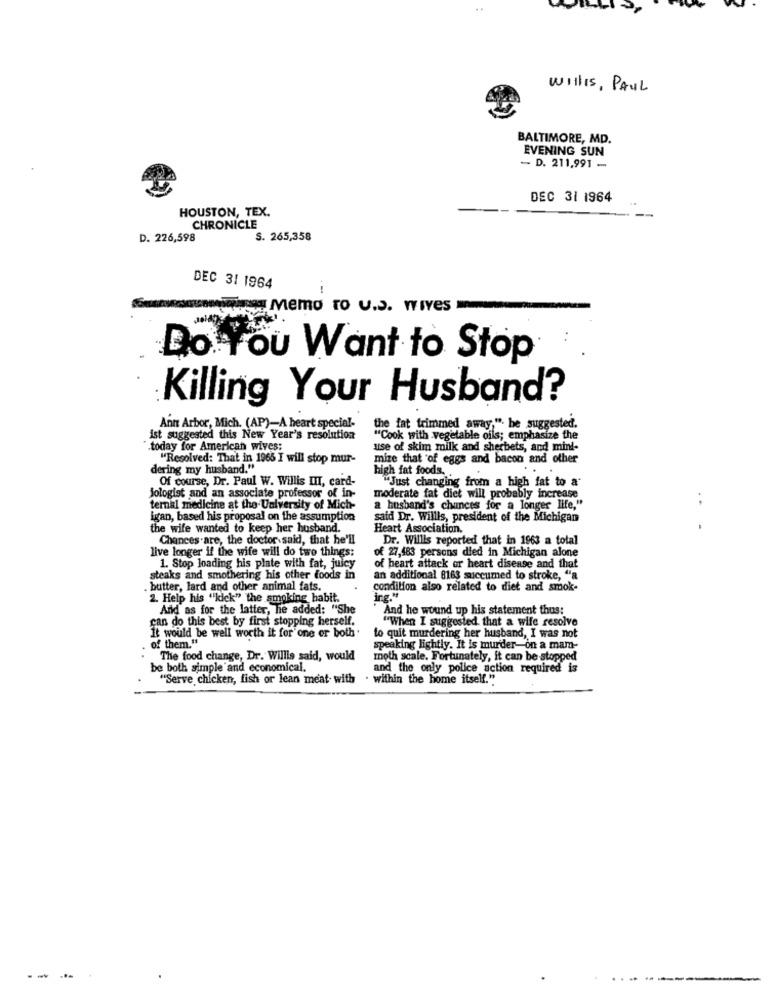
WILLIS, PAUL
BALTIMORE, MD.
EVENING SUN
- D. 211,991 -
DEC 31 1964
HOUSTON, TEX.
CHRONICLE
D. 226,598
S. 265,358
DEC 31 1964
www Memo To U.S. Wives
Do You Want to Stop
Killing Your Husband?
Ann Arbor, Mich. (AP)-A heart special-
the fat trimmed away;". he suggested.
ist suggested this New Year's resolution
"Cook with vegetable oils; emphasize the
.today for American wives;
use of skim milk and sherbets, and mind-
"Resolved: That in 1965 I will stop mur-
mize that of eggs and bacon and other
dering my husband."
high fat foods ..
Of course, Dr. Paul W. Willis III, card-
"Just changing from a high fat to a
jologist and an associate professor of in-
moderate fat diet will probably increase
. .
ternal medicine at the University of Mich-
a husband's chances for a longer life,"
igan, based his proposal on the assumption
said Dr. Willls, president of the Michigan
the wife wanted to keep her husband.
Heart Association,
Chances.are, the doctor said, that he'll
Dr. Willis reported that in 1963 a total
live longer if the wife will do two things:
of 27,483 persons died in Michigan alone
1. Stop loading his plate with fat, juicy
of heart attack or heart disease and that
steaks and smothering his other foods in
an additional 8163 succumed to stroke, "a
butter, lard and other animal fats.
condition also related to diet and smok-
2. Help his "kick" the smoking habit.
İrg."
And as for the latter, he added: "She
And he wound up his statement thus:
can do this best by first stopping herself.
"When I suggested that a wife resolve
It would be well worth it for one or both
to quit murdering her husband, I was not
of them."
speaking lightly. It is murder-on a mam-
The food change, Dr. Willls said, would
moth scale. Fortunately, it can be stopped
be both simple and economical.
and the only police action required is
"Serve chicken, fish or lean meat with
. within the home itself."